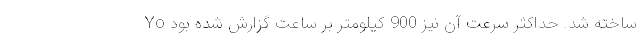
ساخته شد. حداکثر سرعت آن نیز 900 کیلومتر بر ساعت گزارش شده بود Yo